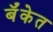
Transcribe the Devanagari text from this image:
बॅँकेत